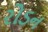
રોડન